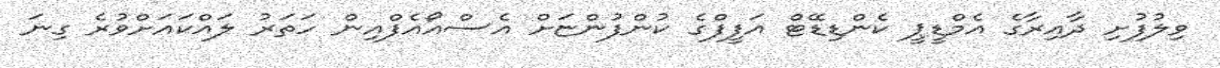
ވިލުފުށި ދާއިރާގެ އެމްޑީޕީ ކެންޑިޑޭޓް އަފީފްގެ ކުންފުންޏަށް އެސްއޯއެފްއިން ހަތަރު ލައްކައަށްވުރެ ގިނަ